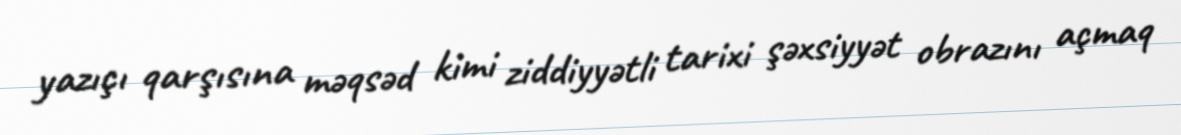
yazıçı qarşısına məqsəd kimi ziddiyyətli tarixi şəxsiyyət obrazını açmaq